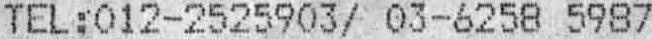
TEL : 012-2525903 / 03-6258 5987